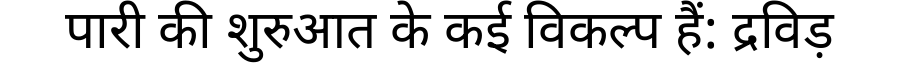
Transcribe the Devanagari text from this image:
पारी की शुरुआत के कई विकल्प हैं: द्रविड़